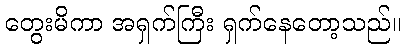
တွေးမိကာ အရှက်ကြီး ရှက်နေတော့သည်။